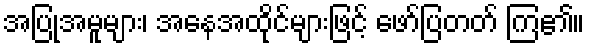
အပြုအမူများ၊ အနေအထိုင်များဖြင့် ဖော်ပြတတ် ကြ၏။